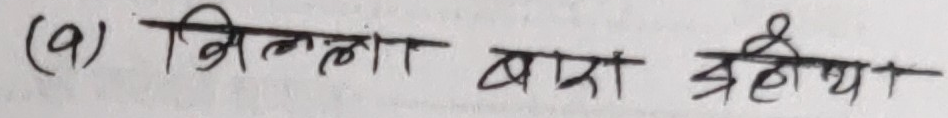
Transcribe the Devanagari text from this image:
(9) मिल्लाँ द्वारा ग्रहीय